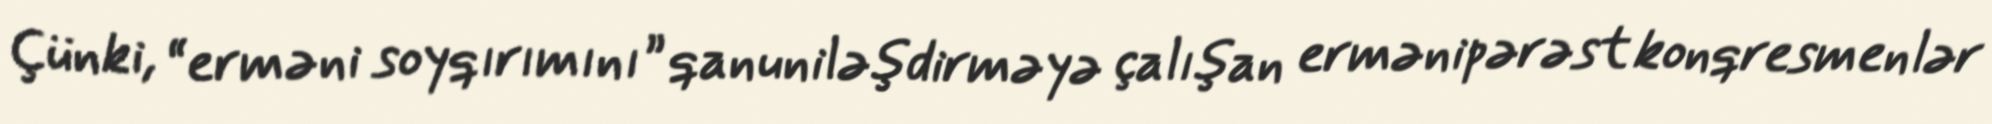
Çünki, “erməni soyqırımını” qanuniləşdirməyə çalışan ermənipərəst konqresmenlər